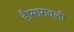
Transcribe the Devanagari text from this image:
है।सारावली